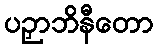
ပဉှာဘိနီတော